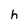
Character: h